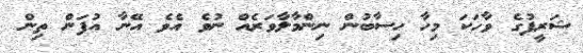
ޝަރީފުގެ ވާހަކަ މިހާ ހިސާބުން ނިންމާލާވަރެއް ނުވެ އެވެ އޭނާ އުފަން ތިން